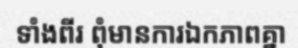
ទាំងពីរ ពុំមានការឯកភាពគ្នា